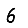
Digit: 6